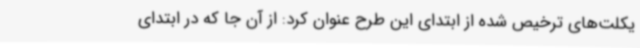
یکلت‌های ترخیص شده از ابتدای این طرح عنوان کرد: از آن جا که در ابتدای